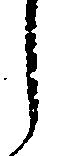
し